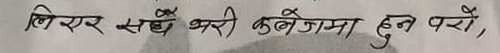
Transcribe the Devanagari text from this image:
लिएर सबै भरी कलेजमा हुन परो,